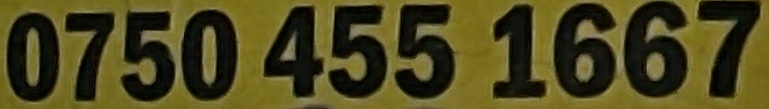
0750 455 1667